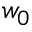
w _ { 0 }